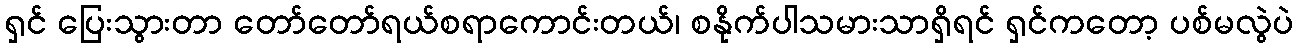
ရှင် ပြေးသွားတာ တော်တော်ရယ်စရာကောင်းတယ်၊ စနိုက်ပါသမားသာရှိရင် ရှင်ကတော့ ပစ်မလွဲပဲ